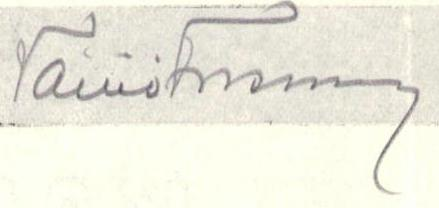
Väinö Forsman